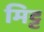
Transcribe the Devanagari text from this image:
मिट्ट